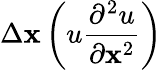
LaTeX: \Delta\mathbf{x}\left(u\frac{{\partial^{2}u}}{{\partial\mathbf{x}^{2}}}\right)